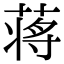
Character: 蒋